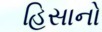
હિસાનો